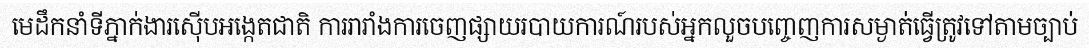
មេដឹកនាំទីភ្នាក់ងារស៊ើបអង្កេតជាតិ ការរារាំងការចេញផ្សាយរបាយការណ៍របស់អ្នកលួចបញ្ចេញការសម្ងាត់ធ្វើត្រូវទៅតាមច្បាប់